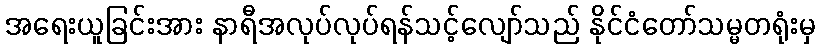
အရေးယူခြင်းအား နာရီအလုပ်လုပ်ရန်သင့်လျော်သည် နိုင်ငံတော်သမ္မတရုံးမှ